Vaccine operations Central Provinces 1900-1911 - 1900-1911
Year: 1900
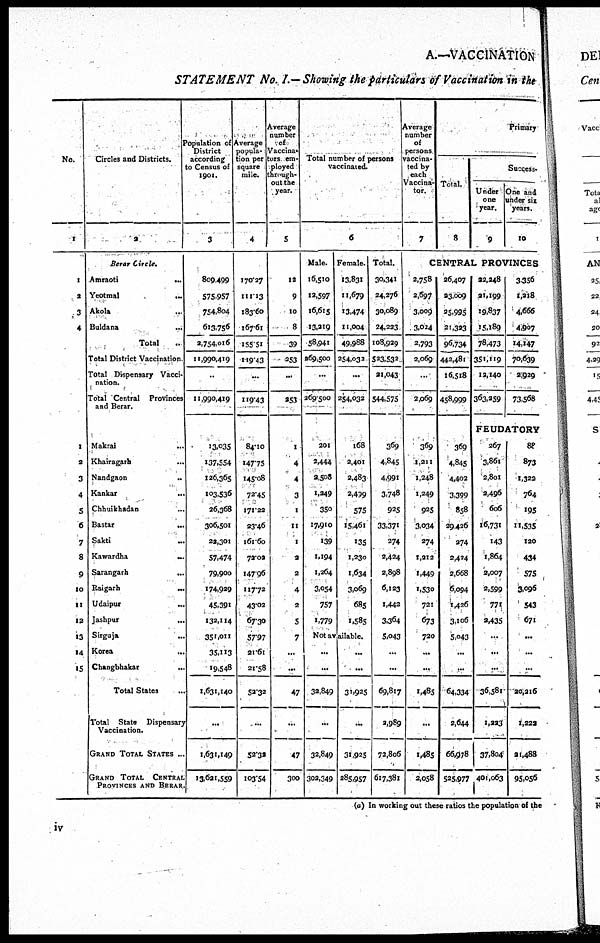
A.—VACCINATION
STATEMENT No. I.—Showing the particulars of Vaccination in the
No.
1
1
2
3
4
1
2
3
4
5
6
7
8
9
10
11
12
13
14
15
Circles and Districts.
2
Berar Circle.
Amraoti
...
Yeotmal
...
Akola ...
Buldana ...
Total ...
Total District Vaccination
Total Dispensary Vacci-
nation.
Total Central
Provinces
and Berar.
Makrai
...
Khairagarh ...
Nandgaon
..
Kankar
...
Chhuikhadan ...
Bastar
...
Sakti
...
Kawardha
...
Sarangarh
...
Raigarh
...
Udaipur
...
Jashpur
...
Sirguja
..
Korea ...
Changbhakar
...
Total States ...
Total State
Dispensary
Vaccination.
GRAND TOTAL STATES ...
GRAND TOTAL
CENTRAL
PROVINCES AND BERAR
Population of
District
according
to Census of
1901.
3
809,499
575,957
754,804
613,756
2,754,016
11,990,419
...
11,990,419
13,035
137,554
126,365
103,536
26,368
306,501
22,301
57,474
79,900
174,929
45,391
132,114
351,011
35,113
19,548
1,631,140
...
1,631,149
13,621,559
Average
popula¬
tion per
square
mile.
4
170.27
111.13
183.60
167.61
155.51
119.43
...
119.43
84.10
147.75
145.08
72.45
171.22
23.46
161.60
72.02
147.96
117.72
43.02
67.30
57.97
21.61
21.58
52.32
...
52.32
103.54
Average
number
of
vaccina-
tors em-
ployed
through-
out the
year.
5
12
9
10
8
39
253
...
253
1
4
4
3
1
11
1
2
2
4
2
5
7
...
...
47
...
47
300
Total number of persons
vaccinated.
6
Male.
16,510
12,597
16,615
13,219
58,941
269,500
...
269.500
201
2,444
2,508
1,249
350
17,970
139
1,194
1,264
3,054
757
1,779
Female.
13,831
11,679
13,474
11,004
49,988
254,032
...
254,032
168
2,401
2,483
2,499
575
15,461
135
1,230
1,634
3,069
685
1,585
Not available.
...
...
32,849
...
32,849
302,349
...
...
31,925
...
31,925
285,957
Total.
30,341
24,276
30,089
24,223
108,929
523,532
21,043
544,575
369
4,845
4,991
3,748
925
33,371
274
2,424
2,898
6,123
1,442
3,364
5,043
...
...
69,817
2,989
72,806
617,381
Average
number
of
persons
vaccina¬
ted by
each
Vaccina¬
tor.
7
Primary
Total.
8
Success¬
Under
one
year.
9
One and
under six
years.
10
CENTRAL PROVINCES
2,758
2,697
3,009
3,024
2,793
2,069
...
2,069
369
1,211
1,248
1,249
925
3,034
274
1,212
1,449
1,530
721
673
720
...
...
1,485
...
1,485
2,058
26,407
23,009
25,995
21,323
96,734
442,481
16,518
458,999
369
4,845
4,402
3,399
858
29,426
274
2,424
2,668
6,094
1,426
3,106
5,043
...
...
64,334
2,644
66,078
525,977
22,248
21,199
19,837
15,189
78,473
351,119
12,140
363,259
3,356
1,218
4,666
4,907
14,147
70,639
2,929
73,568
FEUDATORY
267
3,861
2,801
3,496
606
16,731
143
1,864
2,007
2,599
771
2,435
...
...
...
36,581
1,233
37,804
401,063
88
873
1,322
764
195
11,535
120
434
575
3,096
543
671
...
...
...
20,216
1,222
21,488
95,056
(a) In working out these ratios the population of the
iv